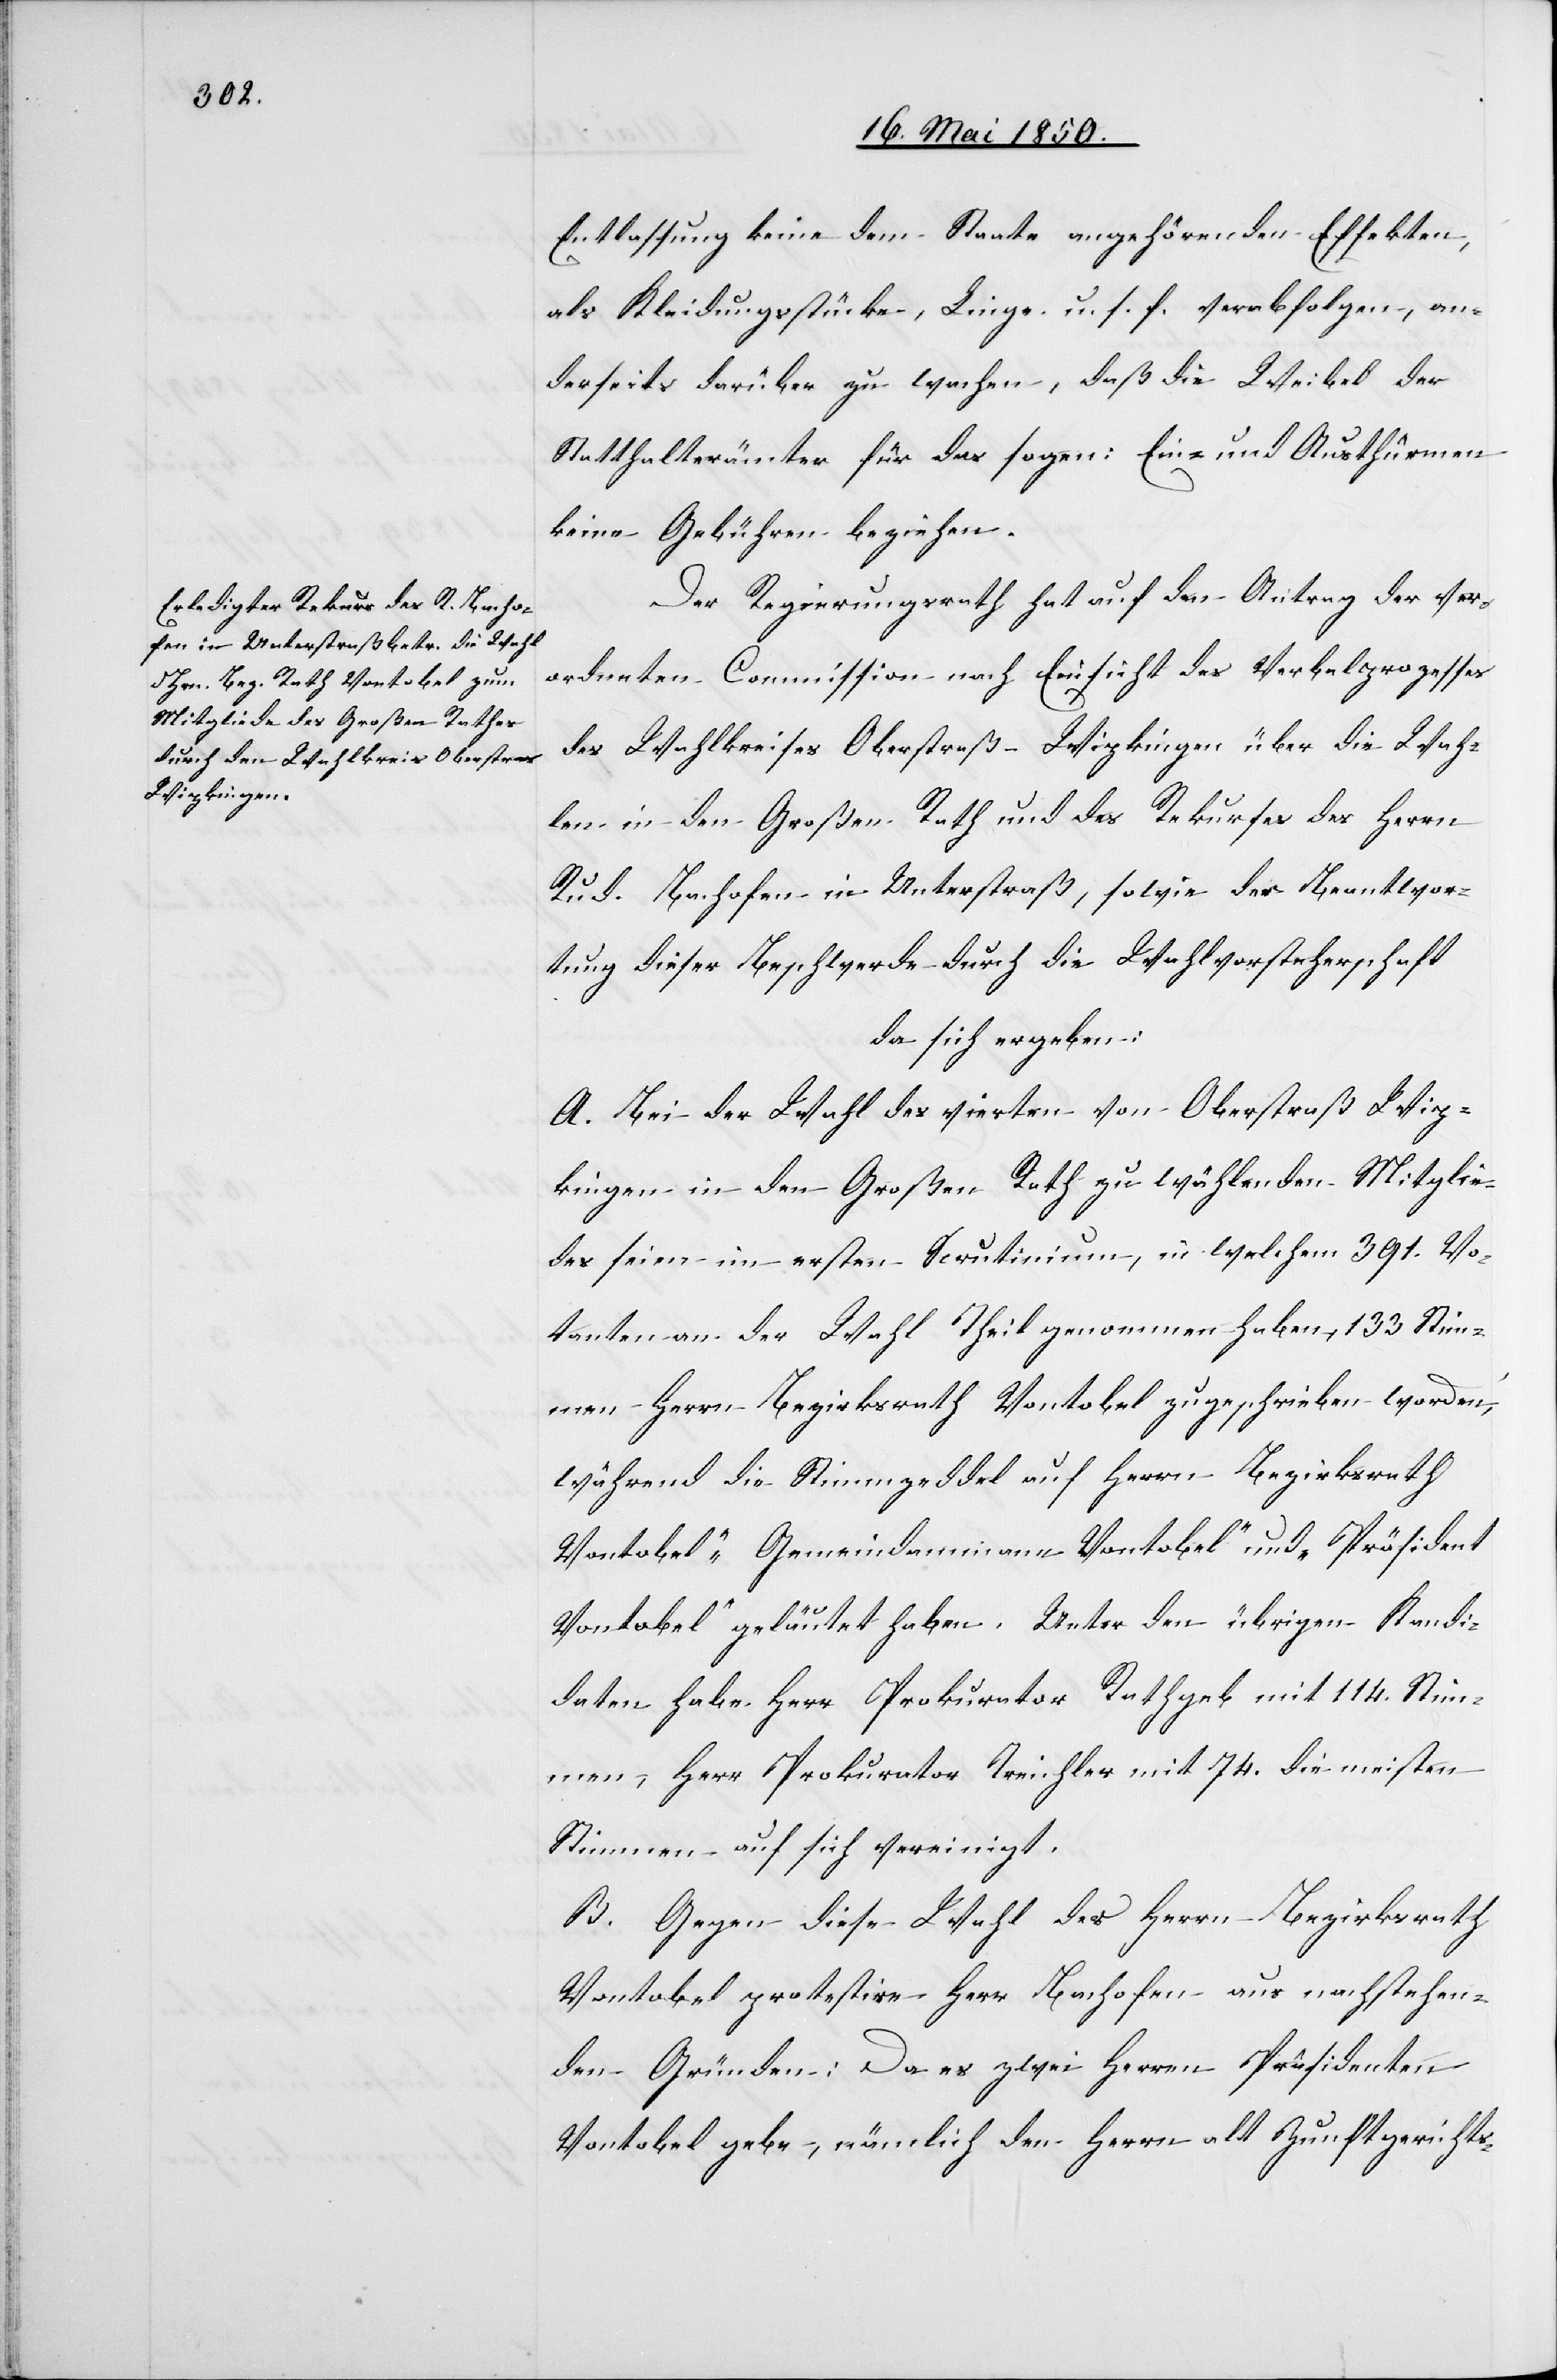
Entlassung keine dem Staate angehörenden Effekten,
als Kleidungsstücke, Linge u. s. f. verabfolgen, an¬
derseits darüber zu wachen, daß die Weibel der
Statthalterämter für das sogen: Ein- und Austhürmen
keine Gebühren beziehen.
Der Regierungsrath hat auf den Antrag der ver¬
ordneten Commission nach Einsicht des Verbalprozesses
des Wahlkreises Oberstraß-Wipkingen über die Wah¬
len in den Großen Rath und des Rekurses des Herrn
Rud. Bachofen in Unterstraß, sowie der Beantwor¬
tung dieser Beschwerde durch die Wahlvorsteherschaft
da sich ergeben:
A. Bei der Wahl des vierten von Oberstraß Wip¬
kingen in den Großen Rath zu wählenden Mitglie¬
des seien im ersten Scrutinium, in welchem 391. Vo¬
tanten an der Wahl Theil genommen haben, 133 Stim¬
men Herrn Bezirksrath Vontobel zugeschrieben worden,
während die Stimmzeddel auf Herrn Bezirksrath
Vontobel „Gemeindammann Vontobel“ und „Präsident
Vontobel“ geläutet haben. Unter den übrigen Kandi¬
daten habe Herr Prokurator Rathgeb mit 114. Stim¬
men, Herr Prokurator Treichler mit 74. die meisten
Stimmen auf sich vereinigt.
B. Gegen diese Wahl des Herrn Bezirksrath
Vontobel protestire Herr Bachofen aus nachstehen¬
den Gründen: Da es zwei Herrn Präsidenten
Vontobel gebe, nämlich den Herrn alt Zunftgerichts-